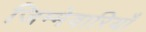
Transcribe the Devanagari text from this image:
जिम्मेवारियाँ